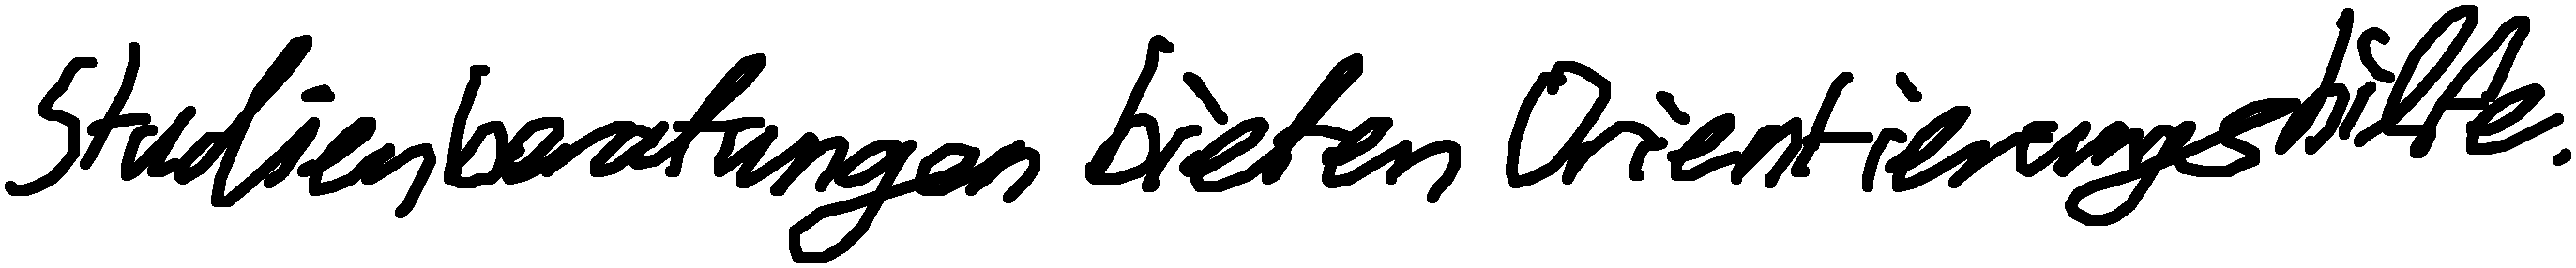
Studienberatungen bieten Orientierungshilfe.